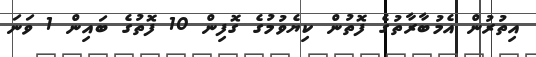
އިތުރުން އެމުބާރާތުގެ ފޮތުން ކިޔެވުމުގެ ގޮފިން 10 ފޮތުގެ ބައިން 1 ވަނަ